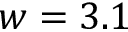
w = 3 . 1